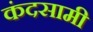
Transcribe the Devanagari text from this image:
कंदसामी